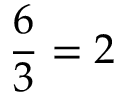
{ \frac { 6 } { 3 } } = 2